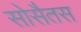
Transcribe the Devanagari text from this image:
सोसैतस